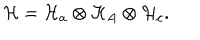
{ \cal H } = { \cal H } _ { a } \otimes { \cal H } _ { A } \otimes { \cal H } _ { c } .